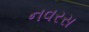
નવરસ